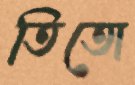
তিতো